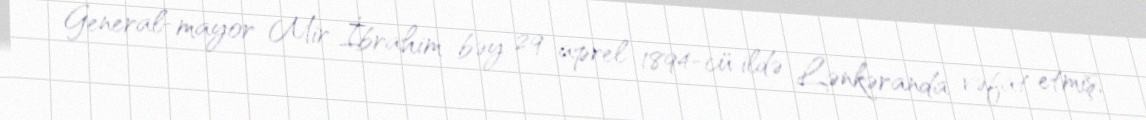
General-mayor Mir İbrahim bəy 29 aprel 1894-cü ildə Lənkəranda vəfat etmiş,